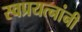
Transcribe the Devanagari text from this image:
स्वप्रयत्‍नांनी